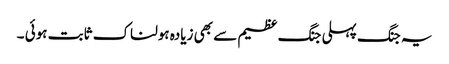
یہ جنگ پہلی جنگ عظیم سے بھی زیادہ ہولناک ثابت ہوئی ۔